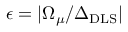
\epsilon = | \Omega _ { \mu } / \Delta _ { \mathrm { D L S } } |